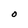
Character: O